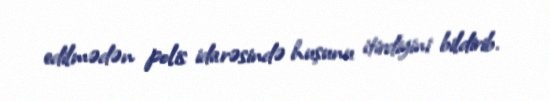
edilmədən polis idarəsində huşunu itirdiyini bildirib.